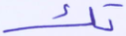
تك